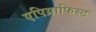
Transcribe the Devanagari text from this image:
एपिग्राफिस्ट